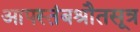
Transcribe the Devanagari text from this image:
आपस्तंबश्रौतसूत्र